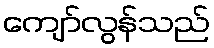
ကျော်လွန်သည်